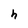
Character: h